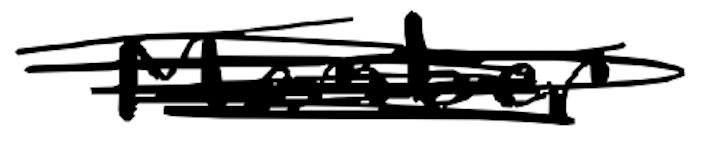
Text: Member
Cross-out: scratch
Writing tool: digital_black